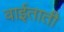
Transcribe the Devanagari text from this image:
वाईताती